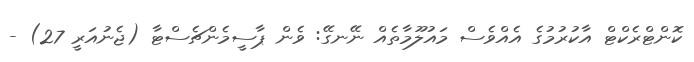
ކޮންޓްރެކްޓް އާކުރުމުގެ އެއްވެސް މައުލޫމާތެއް ނޭނގޭ: ވެން ޕާސީމެންޗެސްޓާ (ޖެނުއަރީ 27) -